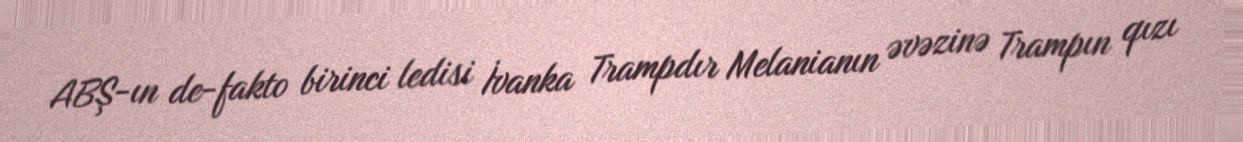
ABŞ-ın de-fakto birinci ledisi İvanka Trampdır Melanianın əvəzinə Trampın qızı